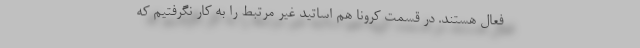
فعال هستند. در قسمت کرونا هم اساتید غیر مرتبط را به کار نگرفتیم که